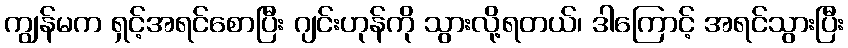
ကျွန်မက ရှင့်အရင်စောပြီး ဂျင်းဟုန်ကို သွားလို့ရတယ်၊ ဒါကြောင့် အရင်သွားပြီး